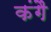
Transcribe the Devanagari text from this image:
कंगै